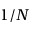
1 / N